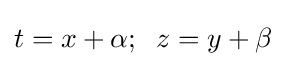
t=x+\alpha ;\;\;z=y+\beta